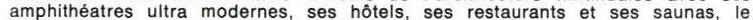
amphiteatres ultra modernes, ses hôtels, ses restaurants et ses saunas, le